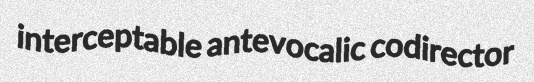
interceptable antevocalic codirector